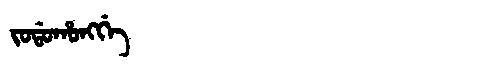
Manchu: ᠵᠣᡩᠣᡥᠣᠩᡤᡝ
Romanization: JODOHONGGE